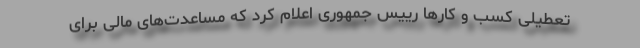
تعطیلی‌ کسب و کارها رییس جمهوری اعلام کرد که مساعدت‌های مالی برای